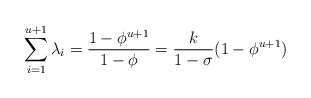
\begin{align*}\sum_{i=1}^{u+1}\lambda_i=\frac{1-\phi^{u+1}}{1-\phi}=\frac{k}{1-\sigma}(1-\phi^{u+1})\end{align*}